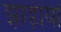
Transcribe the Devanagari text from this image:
झाड़ीयों